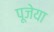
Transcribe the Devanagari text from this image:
पूजेया